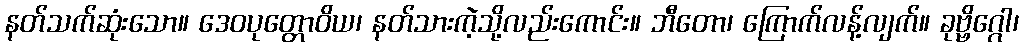
နတ်သက်ဆုံးသော။ ဒေဝပုတ္တောဝိယ၊ နတ်သားကဲ့သို့လည်းကောင်း။ ဘီတော၊ ကြောက်လန့်လျက်။ ခုဗ္ဗိဂ္ဂေါ၊